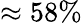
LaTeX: \approx 58\%